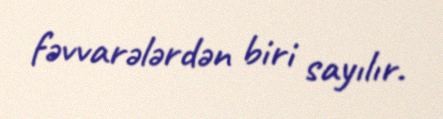
fəvvarələrdən biri sayılır.